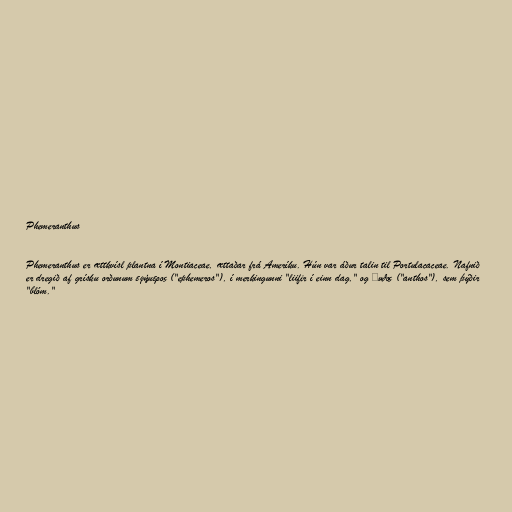
Phemeranthus

Phemeranthus er ættkvísl plantna í Montiaceae, ættaðar frá Ameríku. Hún var áður talin til Portulacaceae. Nafnið
er dregið af grísku orðunum εφήμερος ("ephemeros"), í merkingunni "liifir í einn dag," og ἄνθος ("anthos"), sem þýðir
"blóm."